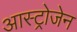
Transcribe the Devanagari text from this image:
आस्ट्रोजेन